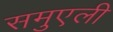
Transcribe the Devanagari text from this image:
समुएली